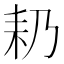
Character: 𮋣